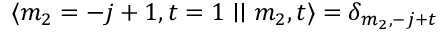
\langle m _ { 2 } = - j + 1 , t = 1 \mid \mid m _ { 2 } , t \rangle = \delta _ { m _ { 2 } , - j + t }